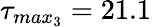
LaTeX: \tau_{max_{3}}=21.1